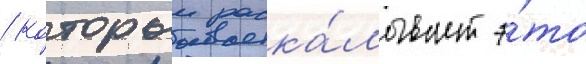
/ которыи раска́лывает э́то